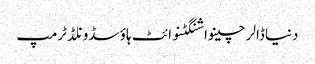
دنیاڈالرچینواشنگٹنوائٹ ہاؤسڈونلڈ ٹرمپ